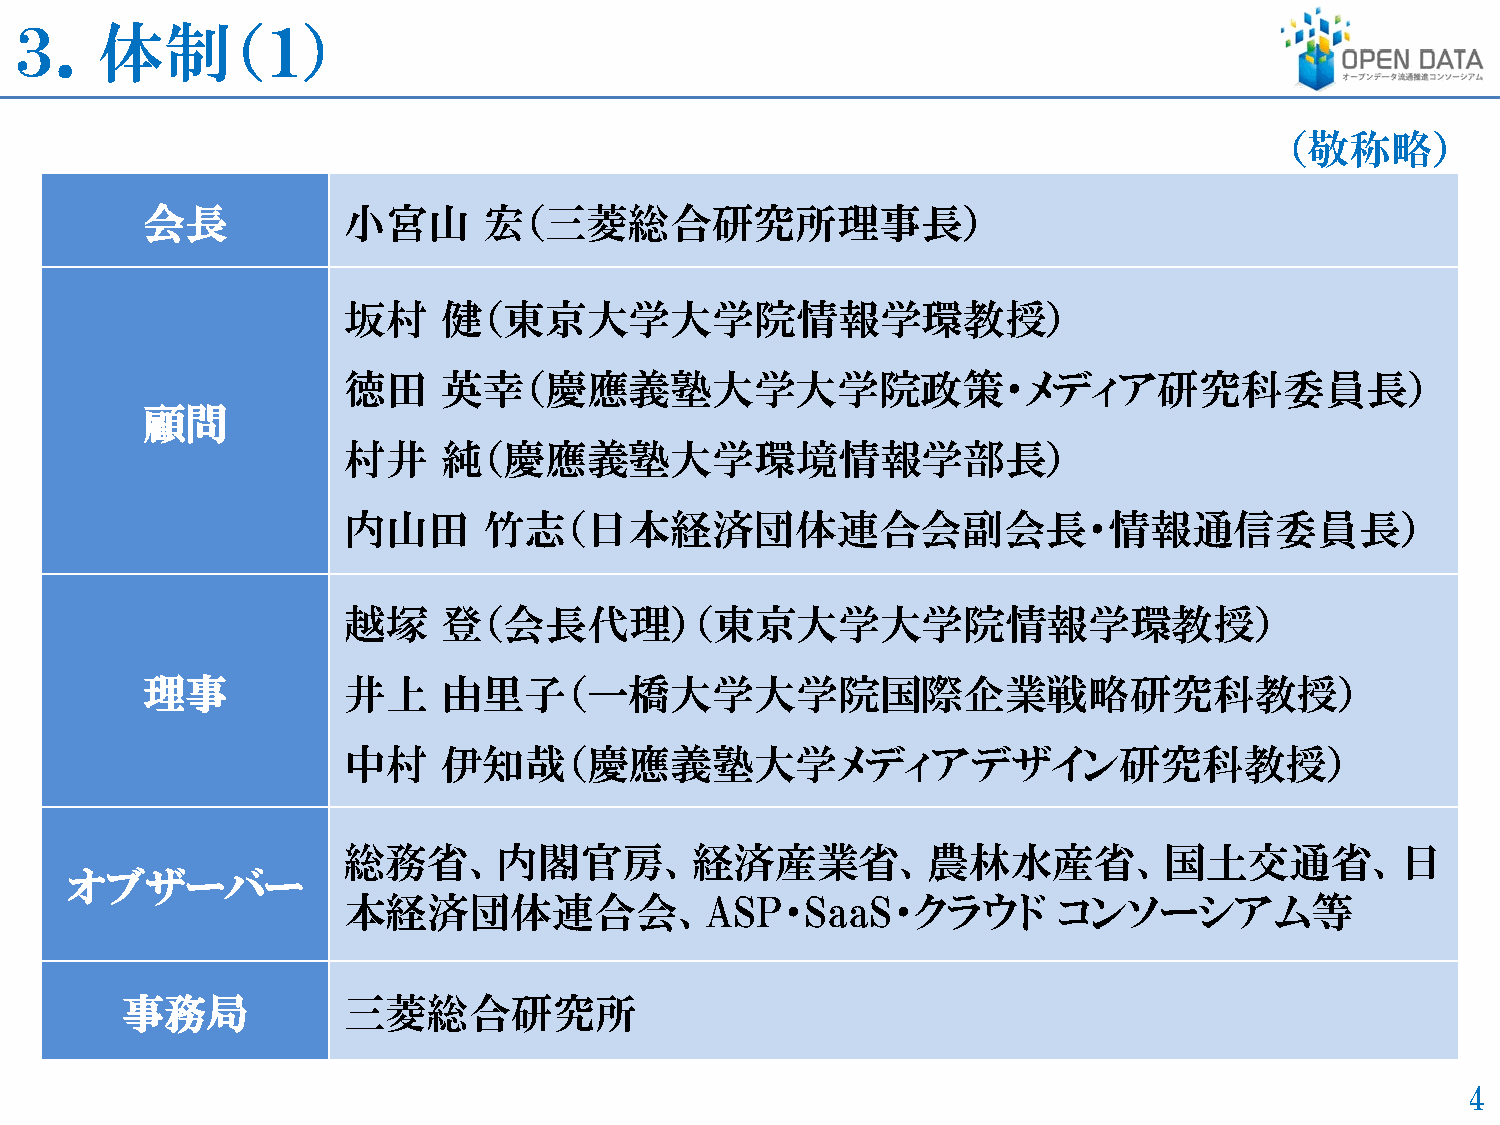
３．体制（１）
 （敬称略）
 会長            小宮山      宏（三菱総合研究所理事長）
 坂村    健（東京大学大学院情報学環教授）
 徳田    英幸（慶應義塾大学大学院政策・メディア研究科委員長）
 顧問
 村井    純（慶應義塾大学環境情報学部長）
 内山田      竹志（日本経済団体連合会副会長・情報通信委員長）
 越塚    登（会長代理）（東京大学大学院情報学環教授）
 理事            井上    由里子（一橋大学大学院国際企業戦略研究科教授）
 中村    伊知哉（慶應義塾大学メディアデザイン研究科教授）
 総務省、内閣官房、経済産業省、農林水産省、国土交通省、日
 オブザーバー
 本経済団体連合会、ASP・SaaS・クラウド                         コンソーシアム等
 事務局            三菱総合研究所
 4